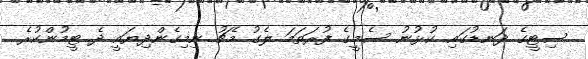
ސިޓީގެ ދަނޑުގައި ކުޅުނު ސެމީގެ ފުރަތަމަ ލެގު މެޗު ނިމިގެންދިޔައީ ދެ ޓީމުންކުރެ